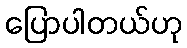
ပြောပါတယ်ဟု